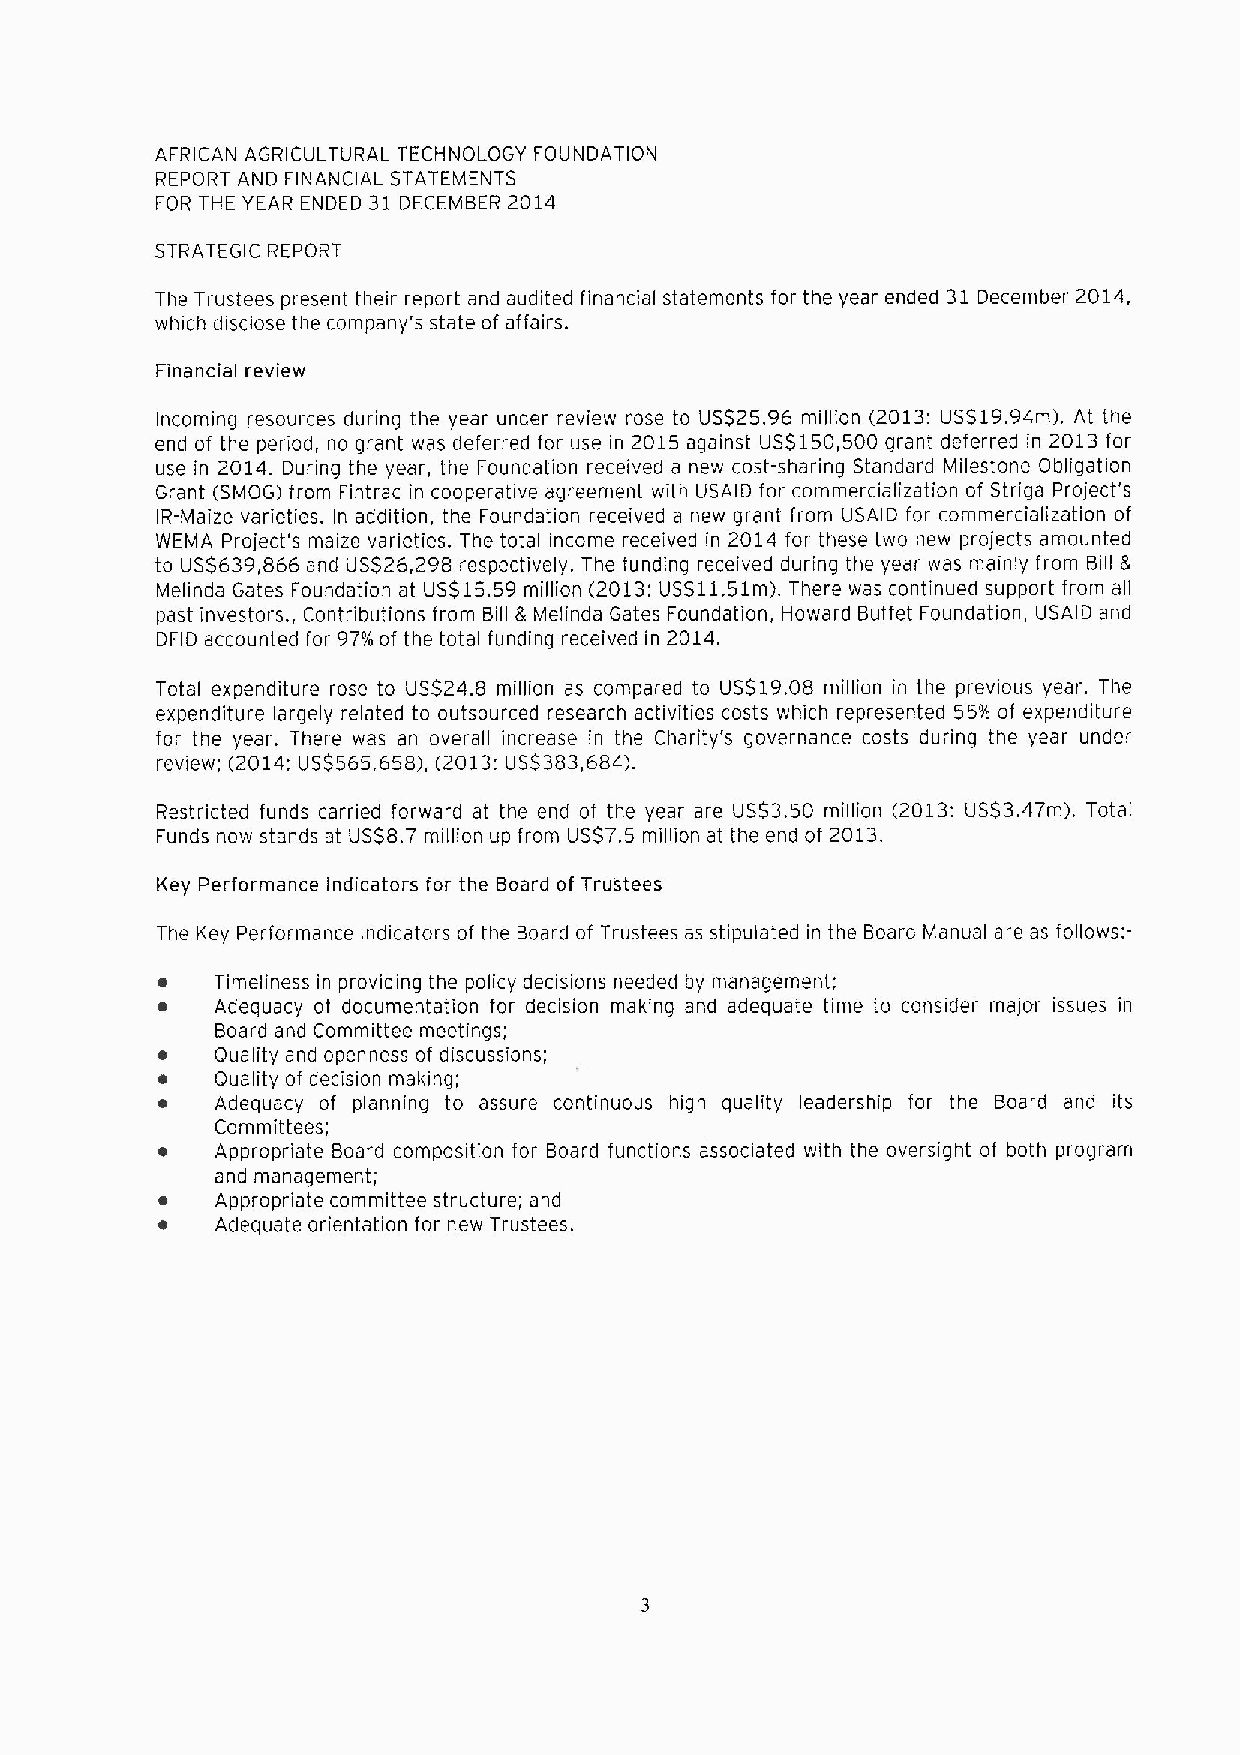
AFRICAN AGRICULTURAL TECHNOLOGY FOUNDATION
 REPORT AND FINANCIAL STATEMENTS
 FOR THE YEAR ENDED 31 DECEMBER 2014
 STRATEGIC REPORT
 The Trustees present their report and audited financial statements for the year ended 31 December 2014,
 which disclose the company's state of affairs.
 Financial review
 Incoming resources during the year under review rose to US$25.96 million (2013:US$19.94m). At the
 end of the period, no grant was deferred for use in 2015 against US$150,500 grant deferred in 2013 for
 use in 2014. During the year, the Foundation received a new cost-sharing Standard Milestone Obligation
 Grant (SMOG) from Fintrac in cooperative agreement with USAID for commercialization of Striga Project's
 IR-Maize varieties. In addition, the Foundation received a new grant from USAID for commercialization of
 WEMA Project's maize varieties. The total income received in 2014 for these two new projects amounted
 to US$639,866 and US$26,298 respectively. The funding received during the year was mainly from Bill 8
 Melinda Gates Foundation at US$15.59 million (2013:US$11.51m), There was continued support from all
 past investors. , Contributions from Bill 8 Melinda Gates Foundation, Howard Buffet Foundation, USAID and
 DFID accounted for 97'/o of the total funding received in 2014.
 Total expenditure rose to US$24.8 million as compared to US$19.08 million in the previous year. The
 expenditure largely related to outsourced research activities costs which represented 55'/a of expenditure
 for the year. There was an overall increase in the Charity's governance costs during the year under
 review; (2014:US$565,658), (2013:US$383,684).
 Restricted funds carried forward at the end of the year are US$3.50 million (2013:US$3.47m). Total
 Funds now stands at US$8.7 million up from US$7.5 million at the end of 2013.
 Key Performance Indicators for the Board of Trustees
 The Key Performance Indicators of the Board of Trustees as stipulated in the Board Manual are as follows:-
 Timeliness in providing the policy decisions needed by management;
 Adequacy of documentation for decision making and adequate time to consider malor issues in
 Board and Committee meetings;
 Quality and openness of discussions;
 Quality of decision making;
 Adequacy of planning to assure continuous high quality leadership for the Board and its
 Committees;
 Appropriate Board composition for Board functions associated with the oversight of both program
 and management;
 Appropriate committee structure; and
 Adequate orientation for new Trustees.